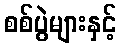
စစ်ပွဲများနှင့်